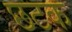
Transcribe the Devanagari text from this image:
छटक